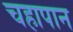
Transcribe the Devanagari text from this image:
चहापान